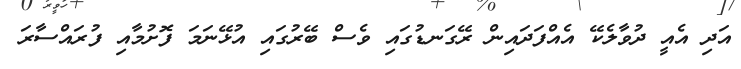
އަދި އެއީ ދުވާލެކޭ އެއްފަދައިން ރޭގަނޑުގައި ވެސް ބޭރުގައި އުޅޭނަމަ ފޮށުމާއި ފުރައްސާރަ